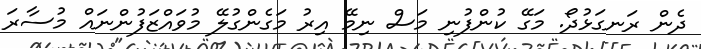
ދެން ރަނގަޅުދޯ. މަގޭ ކުންފުނި މަސް ނިމޭ އިރު މަގެންގުލޭ މުވައްޒަފުންނައް މުސާރަ